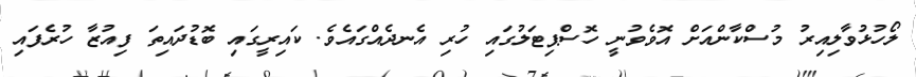
ލޯހުޅުވާލިއިރު މުސްކާންއަށް އޮވެވުނީ ހޮސްޕިޓަލުގައި ހުރި އެނދެއްގައެވެ. ކައިރީގައި ބޮޑުދައިތަ ފިއުޒާ ހުރެފައި